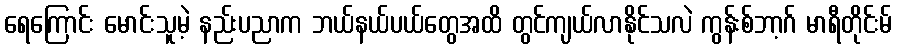
ရေကြောင်း မောင်းသူမဲ့ နည်းပညာက ဘယ်နယ်ပယ်တွေအထိ တွင်ကျယ်လာနိုင်သလဲ ကွန်းစ်ဘာ့ဂ် မာရီတိုင်းမ်